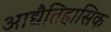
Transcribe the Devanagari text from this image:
आद्यैतिहासिक